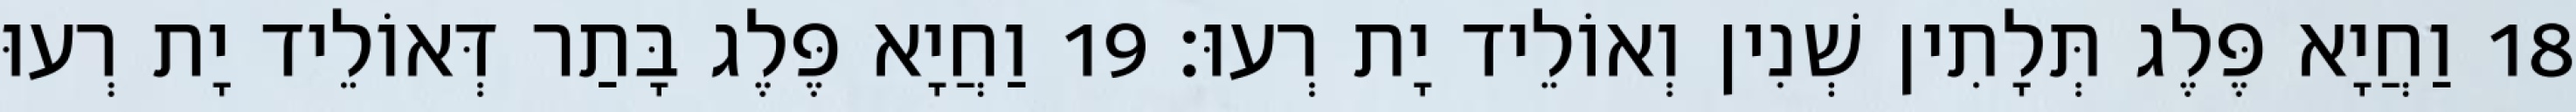
18 וַחֲיָא פֶּלֶג תְּלָתִין שְׁנִין וְאוֹלֵיד יָת רְעוּ׃ 19 וַחֲיָא פֶּלֶג בָּתַר דְּאוֹלֵיד יָת רְעוּ